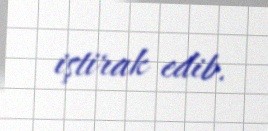
iştirak edib.